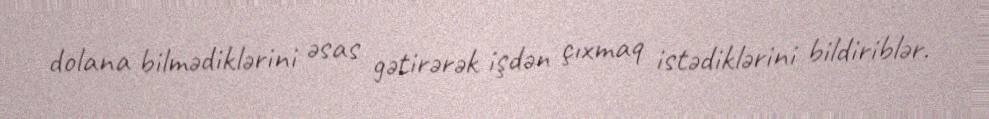
dolana bilmədiklərini əsas gətirərək işdən çıxmaq istədiklərini bildiriblər.